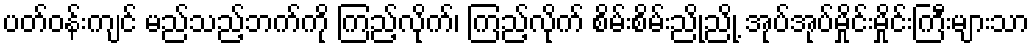
ပတ်ဝန်းကျင် မည်သည့်ဘက်ကို ကြည့်လိုက်၊ ကြည့်လိုက် စိမ်းစိမ်းညို့ညို့ အုပ်အုပ်မှိုင်းမှိုင်းကြီးများသာ